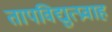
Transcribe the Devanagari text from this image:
तापविद्युत्प्रवाह